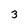
Character: 3